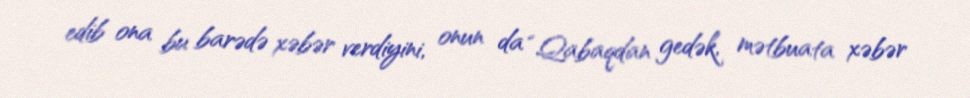
edib ona bu barədə xəbər verdiyini, onun da “Qabaqdan gedək, mətbuata xəbər